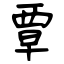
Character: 覃